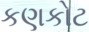
કણકોટ